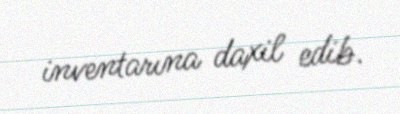
inventarına daxil edib.